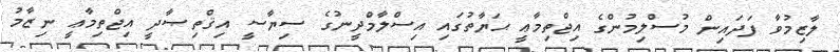
ލާޒިމުވާ ފަދައިން މުސްލިމުންގެ އިޖްތިމާޢީ ޙަޔާތުގައި އިސްލާމްދީނުގެ ސިޔާސީ އިޤްތިޞާދީ އިޖްތިމާޢީ ނިޒާމު